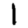
Digit: 1